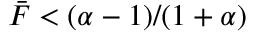
\bar { F } < ( \alpha - 1 ) / ( 1 + \alpha )